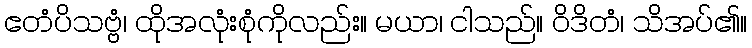
ဧတံပိသဗ္ဗံ၊ ထိုအလုံးစုံကိုလည်း။ မယာ၊ ငါသည်။ ဝိဒိတံ၊ သိအပ်၏။